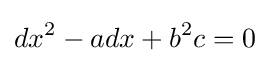
dx^{2}-adx+b^{2}c=0